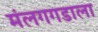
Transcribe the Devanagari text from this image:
मंलगगडाला